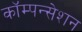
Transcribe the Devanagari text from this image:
कॉम्पन्सेशन